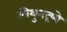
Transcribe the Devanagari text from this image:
मिथुनदृष्ये